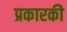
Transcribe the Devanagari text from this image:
प्रकारकी